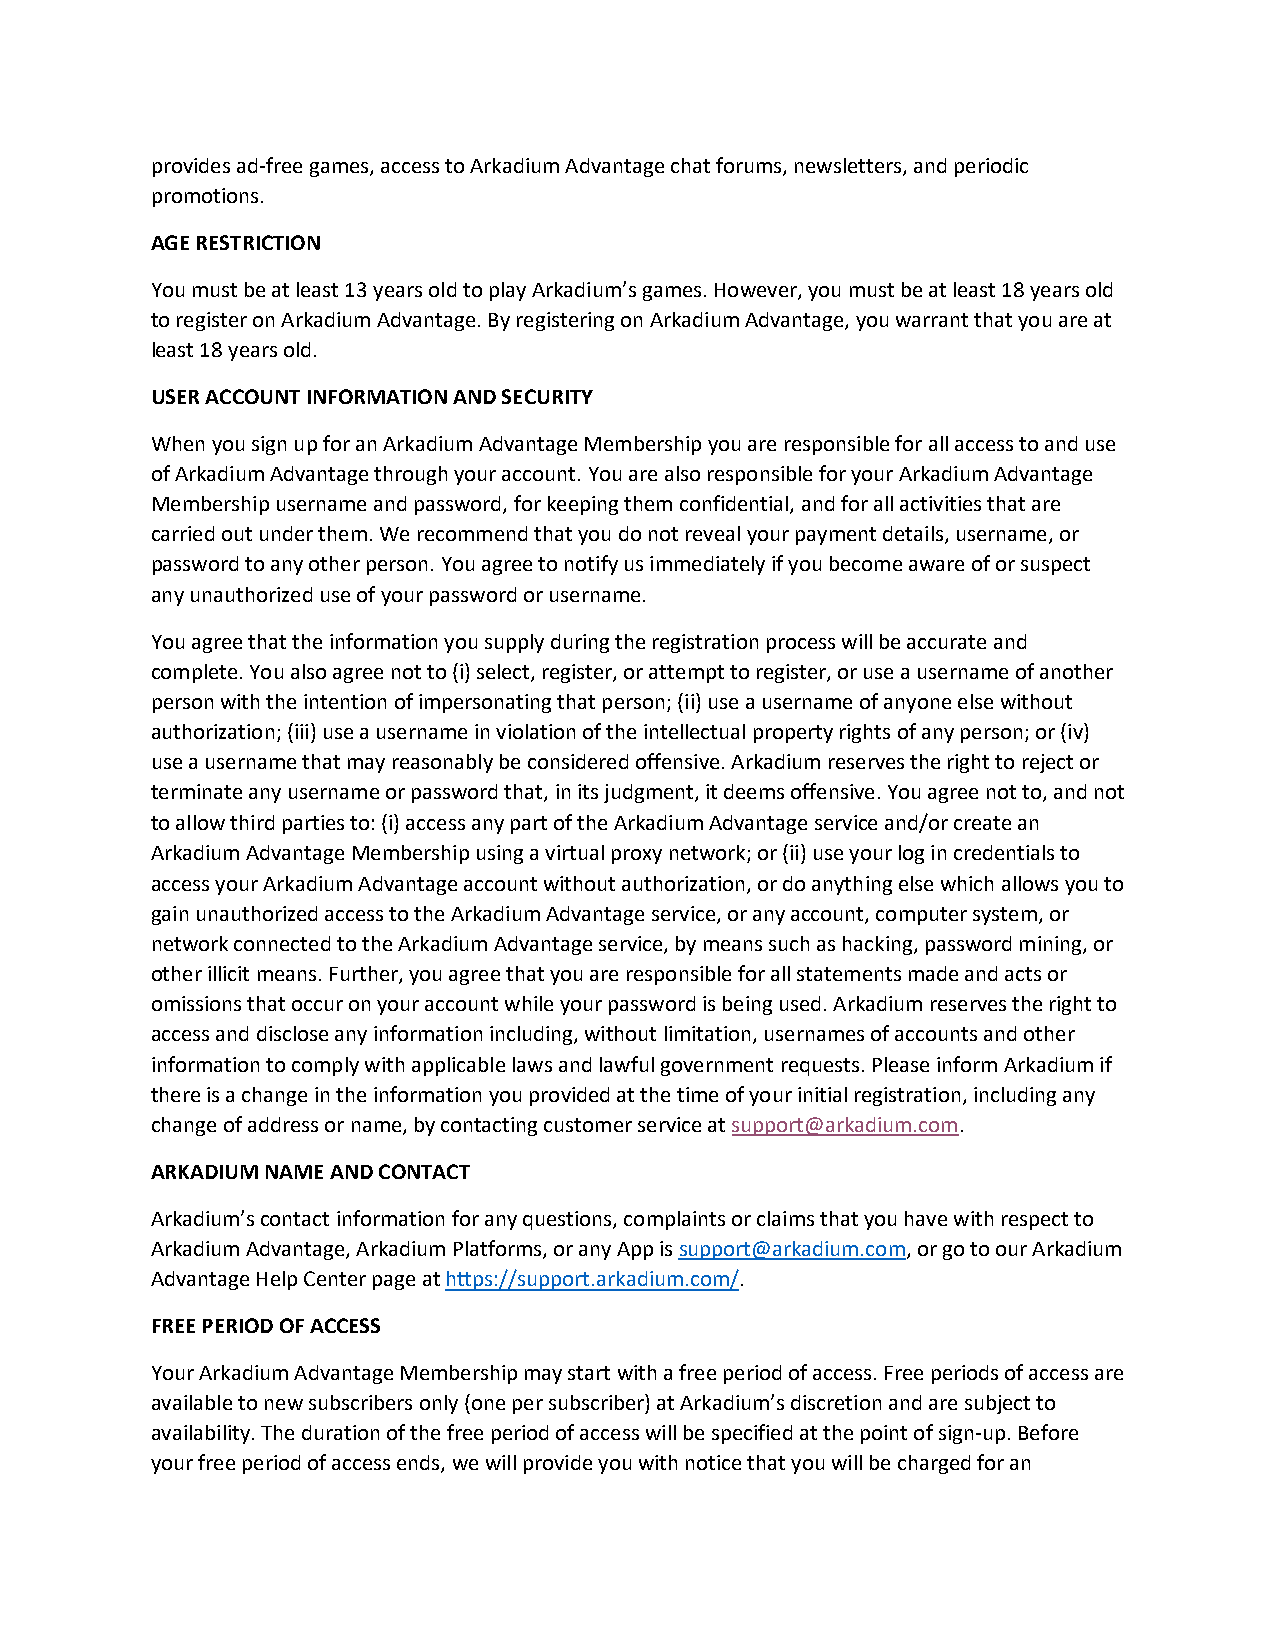
provides ad-free games, access to Arkadium Advantage chat forums, newsletters, and periodic
 promotions.
 AGE RESTRICTION
 You must be at least 13 years old to play Arkadium’s games. However, you must be at least 18 years old
 to register on Arkadium Advantage. By registering on Arkadium Advantage, you warrant that you are at
 least 18 years old.
 USER ACCOUNT INFORMATION AND SECURITY
 When you sign up for an Arkadium Advantage Membership you are responsible for all access to and use
 of Arkadium Advantage through your account. You are also responsible for your Arkadium Advantage
 Membership username and password, for keeping them confidential, and for all activities that are
 carried out under them. We recommend that you do not reveal your payment details, username, or
 password to any other person. You agree to notify us immediately if you become aware of or suspect
 any unauthorized use of your password or username.
 You agree that the information you supply during the registration process will be accurate and
 complete. You also agree not to (i) select, register, or attempt to register, or use a username of another
 person with the intention of impersonating that person; (ii) use a username of anyone else without
 authorization; (iii) use a username in violation of the intellectual property rights of any person; or (iv)
 use a username that may reasonably be considered offensive. Arkadium reserves the right to reject or
 terminate any username or password that, in its judgment, it deems offensive. You agree not to, and not
 to allow third parties to: (i) access any part of the Arkadium Advantage service and/or create an
 Arkadium Advantage Membership using a virtual proxy network; or (ii) use your log in credentials to
 access your Arkadium Advantage account without authorization, or do anything else which allows you to
 gain unauthorized access to the Arkadium Advantage service, or any account, computer system, or
 network connected to the Arkadium Advantage service, by means such as hacking, password mining, or
 other illicit means. Further, you agree that you are responsible for all statements made and acts or
 omissions that occur on your account while your password is being used. Arkadium reserves the right to
 access and disclose any information including, without limitation, usernames of accounts and other
 information to comply with applicable laws and lawful government requests. Please inform Arkadium if
 there is a change in the information you provided at the time of your initial registration, including any
 change of address or name, by contacting customer service at support@arkadium.com.
 ARKADIUM NAME AND CONTACT
 Arkadium’s contact information for any questions, complaints or claims that you have with respect to
 Arkadium Advantage, Arkadium Platforms, or any App is support@arkadium.com, or go to our Arkadium
 Advantage Help Center page at https://support.arkadium.com/.
 FREE PERIOD OF ACCESS
 Your Arkadium Advantage Membership may start with a free period of access. Free periods of access are
 available to new subscribers only (one per subscriber) at Arkadium’s discretion and are subject to
 availability. The duration of the free period of access will be specified at the point of sign-up. Before
 your free period of access ends, we will provide you with notice that you will be charged for an